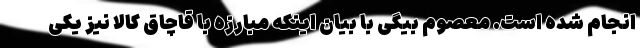
انجام شده است. معصوم بیگی با بیان اینکه مبارزه با قاچاق کالا نیز یکی